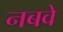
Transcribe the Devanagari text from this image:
नबवे